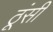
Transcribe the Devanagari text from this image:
ठूंसी